Report on sanitation, dispensaries, and jails in Rajputana for 1916, and on vaccination for the year 1916-1917 - 1916-1917
Year: 1916
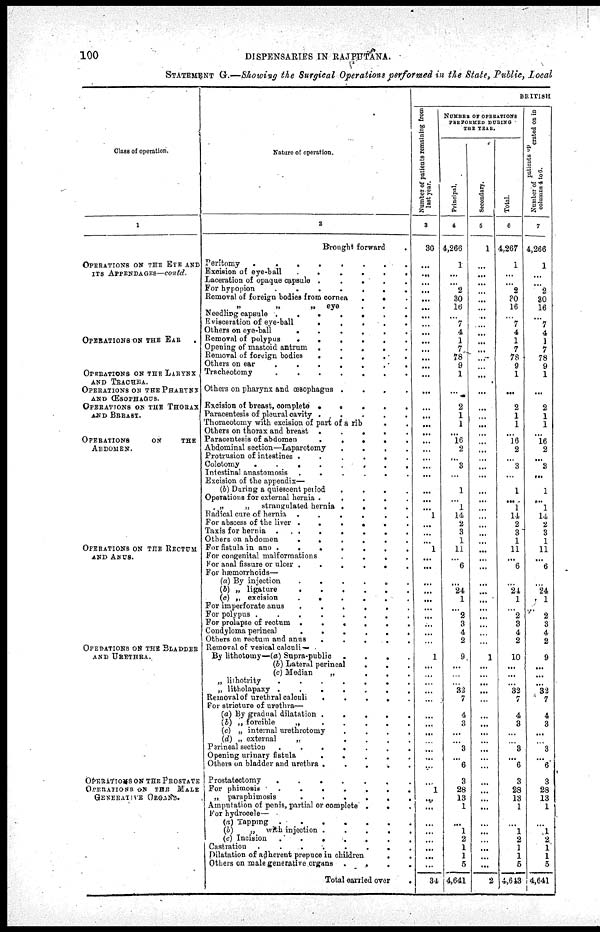
100
DISPENSARIES IN RAJPUTANA.
STATEMENT G.—Showing the Surgical Operations performed in the State, Public, Local
Class of operation.
1
OPERATIONS ON THE EYE AND
ITS APPENDAGES—contd.
OPERATIONS ON THE EAR .
OPERATIONS ON THE LARYNX
AND TRACHEA.
OPERATIONS ON THE PHARYNX
AND ŒSOPHAGUS.
OPERATIONS ON THE THORAX
AND BREAST.
OPERATIONS
ON
THE
ABDOMEN.
OPERATIONS ON THE RECTUM
AND ANUS.
OPERATIONS ON THE BLADDER
AND URETHRA.
OPERATIONS ON THE PROSTATE
OPERATIONS ON THE
MALE
GENERATIVE ORGANS.
Nature of operation.
2
Brought forward
.
Peritomy
........
Excision of eye-ball
......
Laceration of opaque capsule
.....
For hypopion
.......
Removal of foreign bodies from cornea
..
„
„
„
eye
...
Needling capsule
.......
Evisceration of eye-ball
.....
Others on eye-ball
......
Removal of polypus
......
Opening of mastoid antrum
.....
Removal of foreign bodies
......
Others on ear
.......
Tracheotomy
.......
Others on pharynx and œsophagus
....
Excision of breast, complete
.....
Paracentesis of pleural cavity
.....
Thoracotomy with excision of part of a rib
..
Others on thorax and breast
.....
Paracentesis of abdomen
.....
Abdominal section—Laparotomy
....
Protrusion of intestines
......
Colotomy
......
Intestinal anastomosis
......
Excision of the appendix—
(b) During a quiescent period
....
Operations for external hernia
.....
„
„
strangulated hernia
....
Radical cure of hernia ......
For abscess of the liver ......
Taxis for hernia
........
Others on Abdomen
......
For fistula in ano
.......
For congenital malformations
....
For anal fissure or ulcer
......
For hæmorrhoids—
(a) By injection
......
(b) „ ligature
(c) „ excision
......
For imperforate anus
......
For polypus
........
For prolapse of rectum
......
Condyloma perineal
......
Others on rectum and anus
.....
Removal of vesical calculi —
By lithotomy—(a) Supra-public
....
(b) Lateral perineal ...
(c) Median
„
...
„ lithotrity
.......
„ litholapaxy
.......
Removal of urethral calculi
.....
For stricture of urethra—
(a) By gradual dilatation
.....
(b) „ forcible
„
.....
(c) „ internal urethrotomy
....
(d) „ external
„
....
Perineal section
.......
Opening urinary
fistula
.....
Others on bladder and urethra
.....
Prostatectomy
......
For phimosis
.......
„ paraphimosis
......
Amputation of penis, partial or complete
...
For hydrocele—
(a) Tapping
.......
(b)
„
with injection
.....
(c) Incision
.......
Castration
........
Dilatation of adherent prepuce in children
..
Others on male generative organs
....
Total carried over
.
BRITISH
Number of patients remaining from
last year.
3
30
...
...
...
...
...
...
...
...
...
...
...
...
...
...
...
...
...
...
...
...
...
...
...
...
...
...
1
...
...
...
1
...
...
...
...
...
...
...
...
...
...
1
...
...
...
...
...
...
...
...
...
...
...
...
...
1
...
...
...
...
...
...
...
...
31
NUMBER OF OPERATIONS
PERFORMED DURING
THE YEAR.
Principal.
4
4,266
1
...
...
2
30
16
...
7
4
1
7
78
9
1
...
2
1
1
...
16
2
...
3
...
1
...
1
14
2
3
1
11
...
6
...
24
1
...
2
3
4
2
9
...
...
...
32
7
4
3
...
...
3
...
6
3
28
13
1
...
1
2
1
1
5
4,641
Secondary.
5
1
...
...
...
...
...
...
...
...
...
...
...
...
...
...
...
...
...
...
...
...
...
...
...
...
...
...
...
...
...
...
...
...
...
...
...
...
...
...
...
...
...
...
1
...
...
...
...
...
...
...
...
...
...
...
...
...
...
...
...
...
...
...
...
...
...
2
Total.
6
4,267
1
...
...
2
30
16
...
7
4
1
7
78
9
1
...
2
1
1
...
16
2
...
3
...
1
...
1
14
2
3
1
11
...
6
...
24
1
...
2
3
4
2
10
...
...
...
32
7
4
3
...
...
3
...
6
3
28
13
1
...
1
2
1
1
5
4,613
Number of patients operated on in
columns 4 to 6.
7
4,266
1
...
...
2
30
16
...
7
4
1
7
78
9
1
...
2
1
1
...
16 2
...
3
...
1
...
1
14
2
3
1
11
...
6
...
24
1
...
2
3
4
2
9
...
...
...
32
7
4
3
...
...
3
...
6
3
28
13
1
...
1
2
1
1
5
4,641